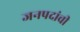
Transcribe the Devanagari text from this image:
जनपदांची